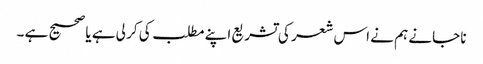
نا جانے ہم نے اس شعر کی تشریع اپنے مطلب کی کر لی ہے یا صحیح ہے ۔